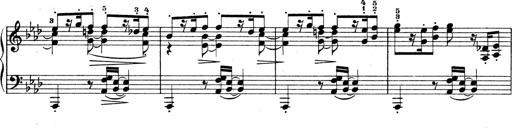
Title: Sonatina No.4
Composer: Abram Kimmell
Key: E minor